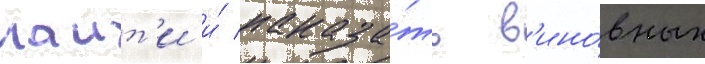
наит'и и́ наказа́ть в'ино́вных